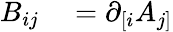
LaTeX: \begin{array}{rl}{B_{ij}}&{{}=\partial_{[i}A_{j]}}\end{array}